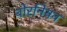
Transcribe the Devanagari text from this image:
बोरनियन